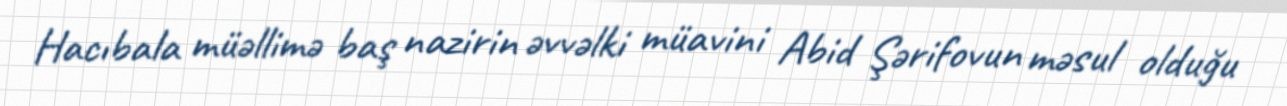
Hacıbala müəllimə baş nazirin əvvəlki müavini Abid Şərifovun məsul olduğu